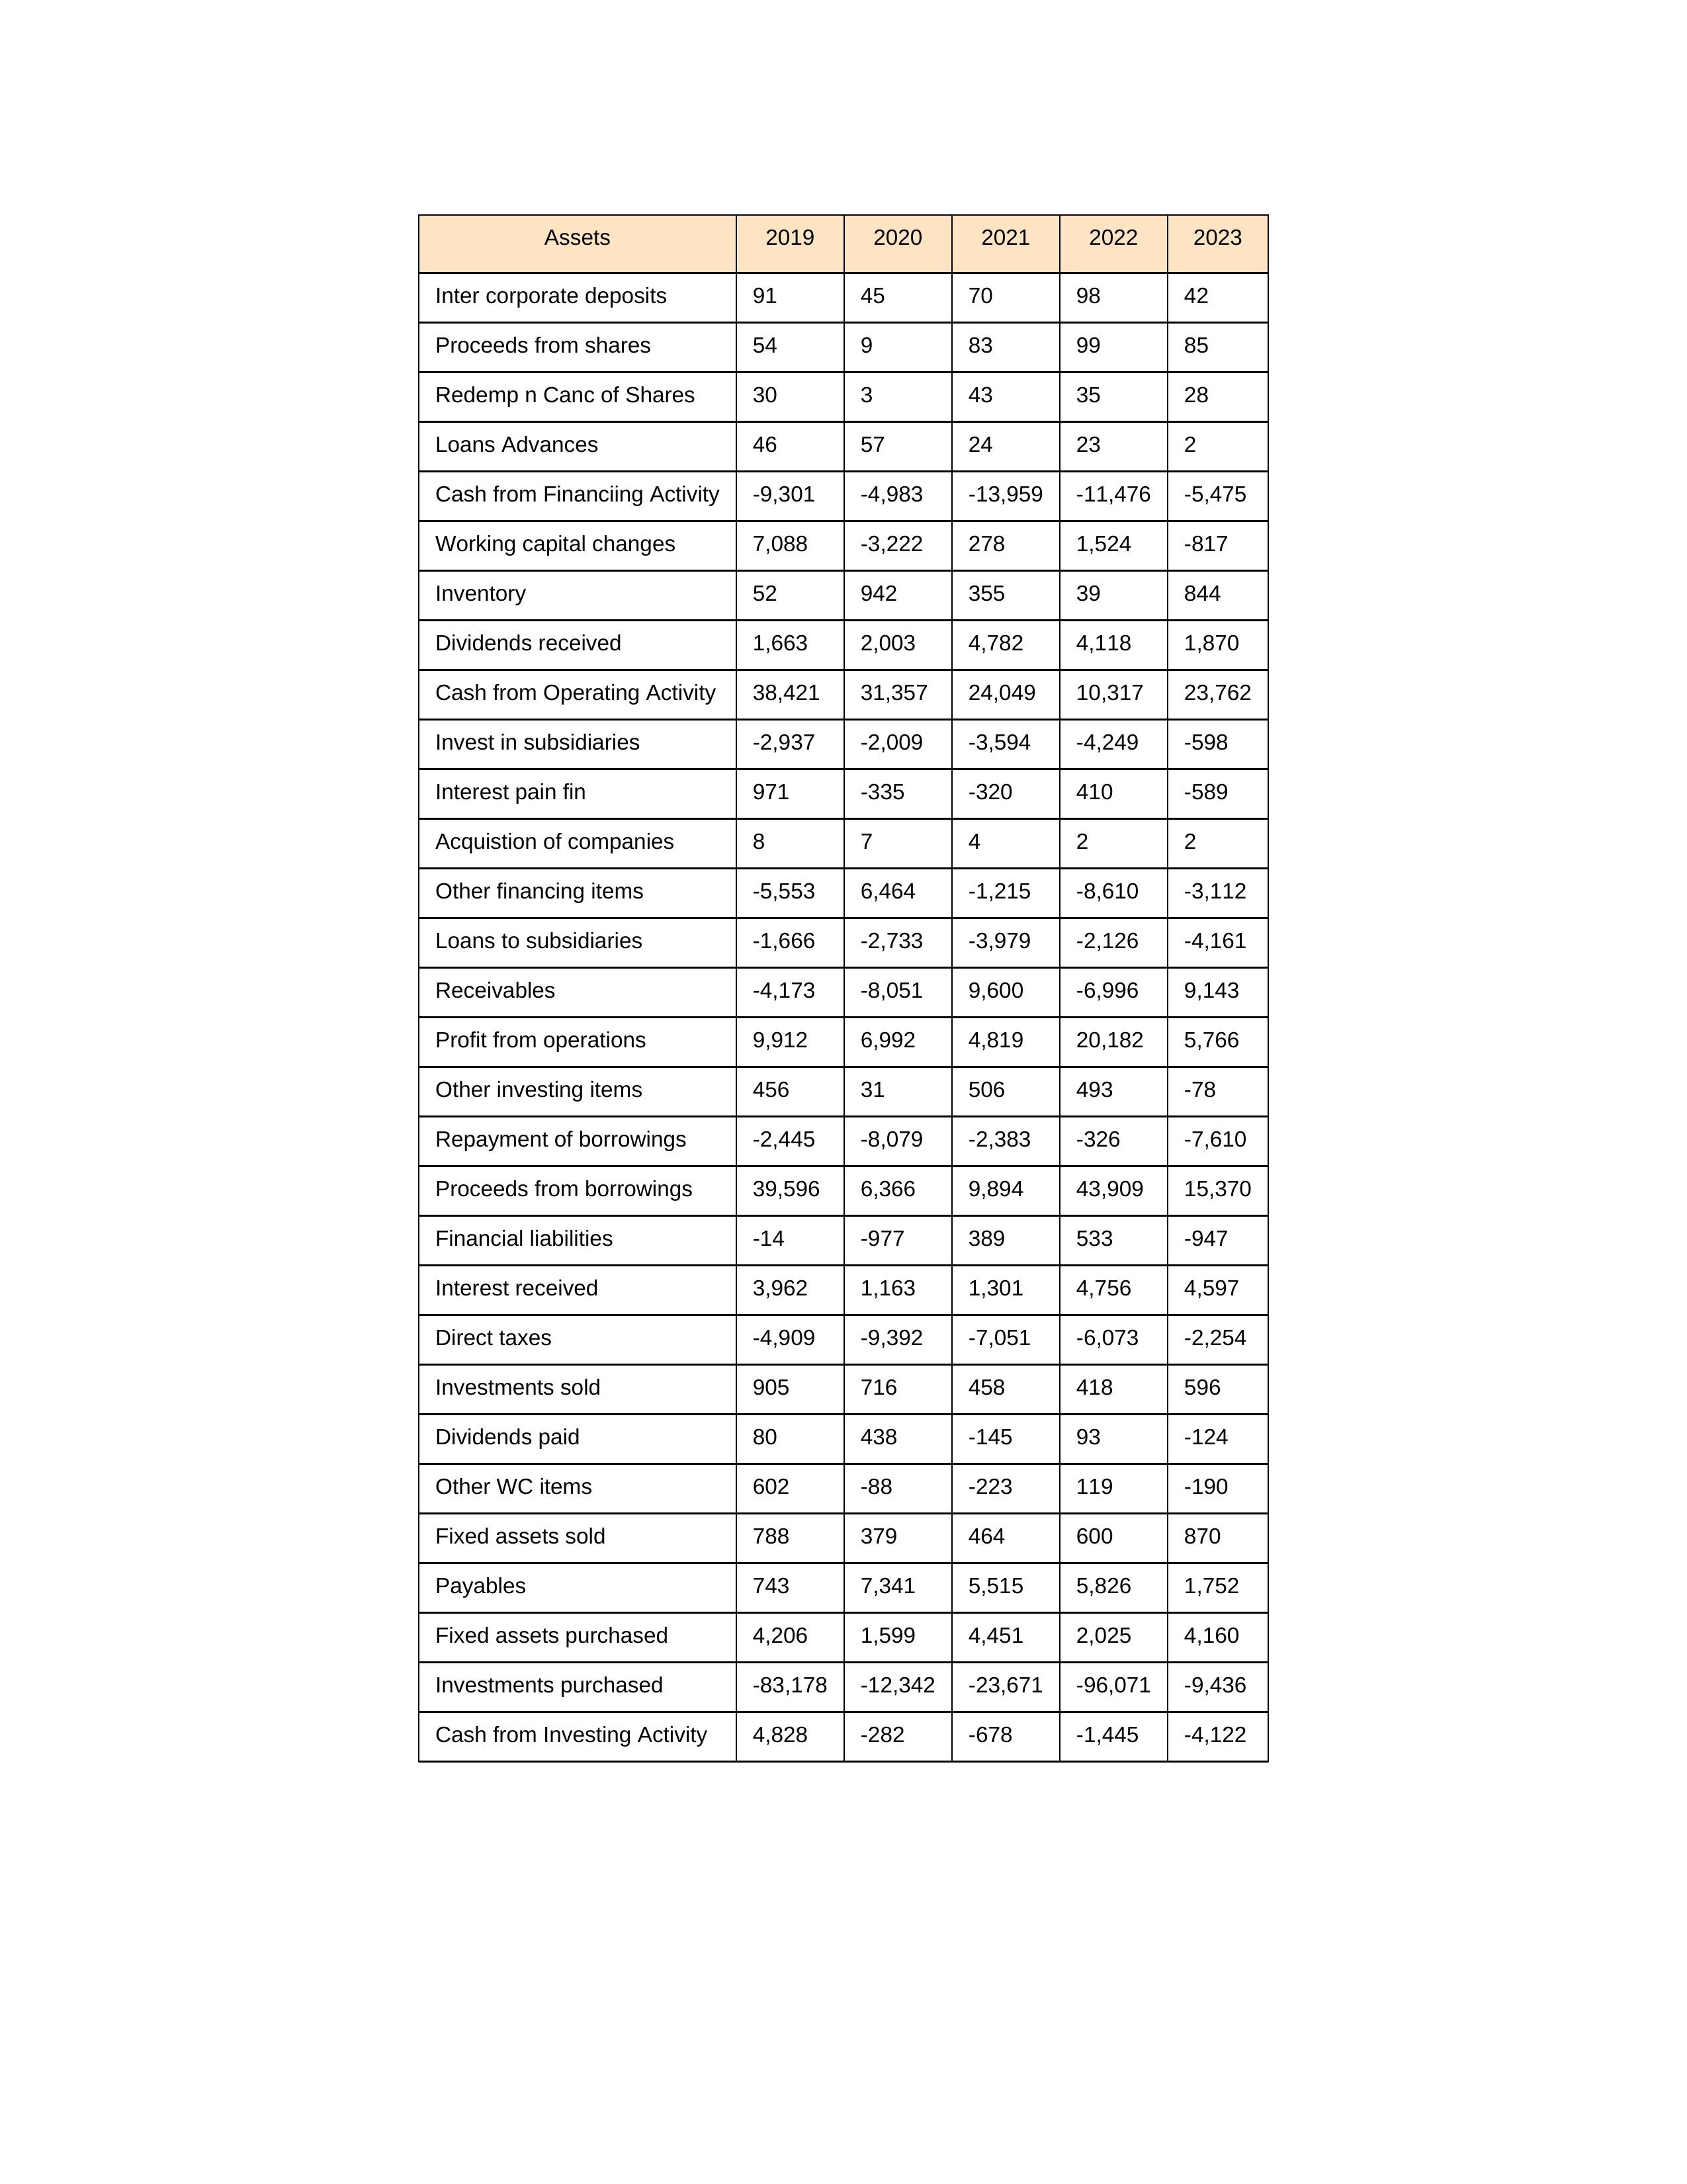
gt_parse: 2019: Cash from Operating Activity: 38,421
Profit from operations: 9,912
Receivables: -4,173
Inventory: 52
Payables: 743
Loans Advances: 46
Other WC items: 602
Working capital changes: 7,088
Direct taxes: -4,909
Cash from Investing Activity: 4,828
Fixed assets purchased: 4,206
Fixed assets sold: 788
Investments purchased: -83,178
Investments sold: 905
Interest received: 3,962
Dividends received: 1,663
Invest in subsidiaries: -2,937
Loans to subsidiaries: -1,666
Redemp n Canc of Shares: 30
Acquistion of companies: 8
Inter corporate deposits: 91
Other investing items: 456
Cash from Financiing Activity: -9,301
Proceeds from shares: 54
Proceeds from borrowings: 39,596
Repayment of borrowings: -2,445
Interest pain fin: 971
Dividends paid: 80
Financial liabilities: -14
Other financing items: -5,553
2020: Cash from Operating Activity: 31,357
Profit from operations: 6,992
Receivables: -8,051
Inventory: 942
Payables: 7,341
Loans Advances: 57
Other WC items: -88
Working capital changes: -3,222
Direct taxes: -9,392
Cash from Investing Activity: -282
Fixed assets purchased: 1,599
Fixed assets sold: 379
Investments purchased: -12,342
Investments sold: 716
Interest received: 1,163
Dividends received: 2,003
Invest in subsidiaries: -2,009
Loans to subsidiaries: -2,733
Redemp n Canc of Shares: 3
Acquistion of companies: 7
Inter corporate deposits: 45
Other investing items: 31
Cash from Financiing Activity: -4,983
Proceeds from shares: 9
Proceeds from borrowings: 6,366
Repayment of borrowings: -8,079
Interest pain fin: -335
Dividends paid: 438
Financial liabilities: -977
Other financing items: 6,464
2021: Cash from Operating Activity: 24,049
Profit from operations: 4,819
Receivables: 9,600
Inventory: 355
Payables: 5,515
Loans Advances: 24
Other WC items: -223
Working capital changes: 278
Direct taxes: -7,051
Cash from Investing Activity: -678
Fixed assets purchased: 4,451
Fixed assets sold: 464
Investments purchased: -23,671
Investments sold: 458
Interest received: 1,301
Dividends received: 4,782
Invest in subsidiaries: -3,594
Loans to subsidiaries: -3,979
Redemp n Canc of Shares: 43
Acquistion of companies: 4
Inter corporate deposits: 70
Other investing items: 506
Cash from Financiing Activity: -13,959
Proceeds from shares: 83
Proceeds from borrowings: 9,894
Repayment of borrowings: -2,383
Interest pain fin: -320
Dividends paid: -145
Financial liabilities: 389
Other financing items: -1,215
2022: Cash from Operating Activity: 10,317
Profit from operations: 20,182
Receivables: -6,996
Inventory: 39
Payables: 5,826
Loans Advances: 23
Other WC items: 119
Working capital changes: 1,524
Direct taxes: -6,073
Cash from Investing Activity: -1,445
Fixed assets purchased: 2,025
Fixed assets sold: 600
Investments purchased: -96,071
Investments sold: 418
Interest received: 4,756
Dividends received: 4,118
Invest in subsidiaries: -4,249
Loans to subsidiaries: -2,126
Redemp n Canc of Shares: 35
Acquistion of companies: 2
Inter corporate deposits: 98
Other investing items: 493
Cash from Financiing Activity: -11,476
Proceeds from shares: 99
Proceeds from borrowings: 43,909
Repayment of borrowings: -326
Interest pain fin: 410
Dividends paid: 93
Financial liabilities: 533
Other financing items: -8,610
2023: Cash from Operating Activity: 23,762
Profit from operations: 5,766
Receivables: 9,143
Inventory: 844
Payables: 1,752
Loans Advances: 2
Other WC items: -190
Working capital changes: -817
Direct taxes: -2,254
Cash from Investing Activity: -4,122
Fixed assets purchased: 4,160
Fixed assets sold: 870
Investments purchased: -9,436
Investments sold: 596
Interest received: 4,597
Dividends received: 1,870
Invest in subsidiaries: -598
Loans to subsidiaries: -4,161
Redemp n Canc of Shares: 28
Acquistion of companies: 2
Inter corporate deposits: 42
Other investing items: -78
Cash from Financiing Activity: -5,475
Proceeds from shares: 85
Proceeds from borrowings: 15,370
Repayment of borrowings: -7,610
Interest pain fin: -589
Dividends paid: -124
Financial liabilities: -947
Other financing items: -3,112